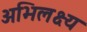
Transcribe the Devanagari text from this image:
अभिलक्ष्य